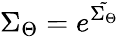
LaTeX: \Sigma_{\Theta}=e^{\tilde{\Sigma_{\Theta}}}